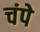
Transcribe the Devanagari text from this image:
चंपे